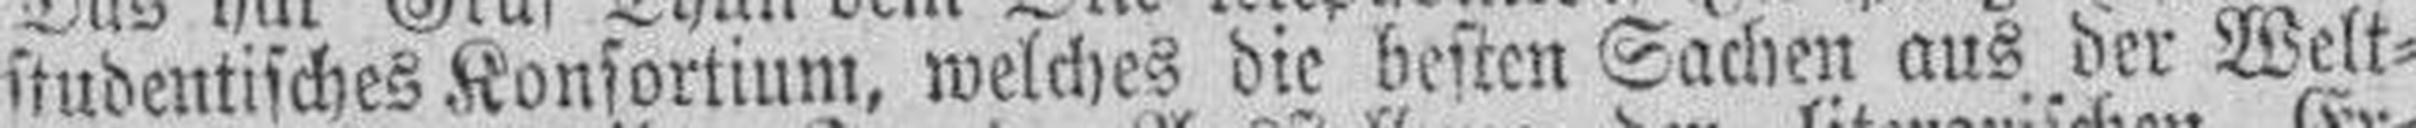
studentisches Konsortium, welches die besten Sachen aus der Welt¬